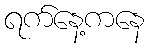
ရက်နေ့ကနေ